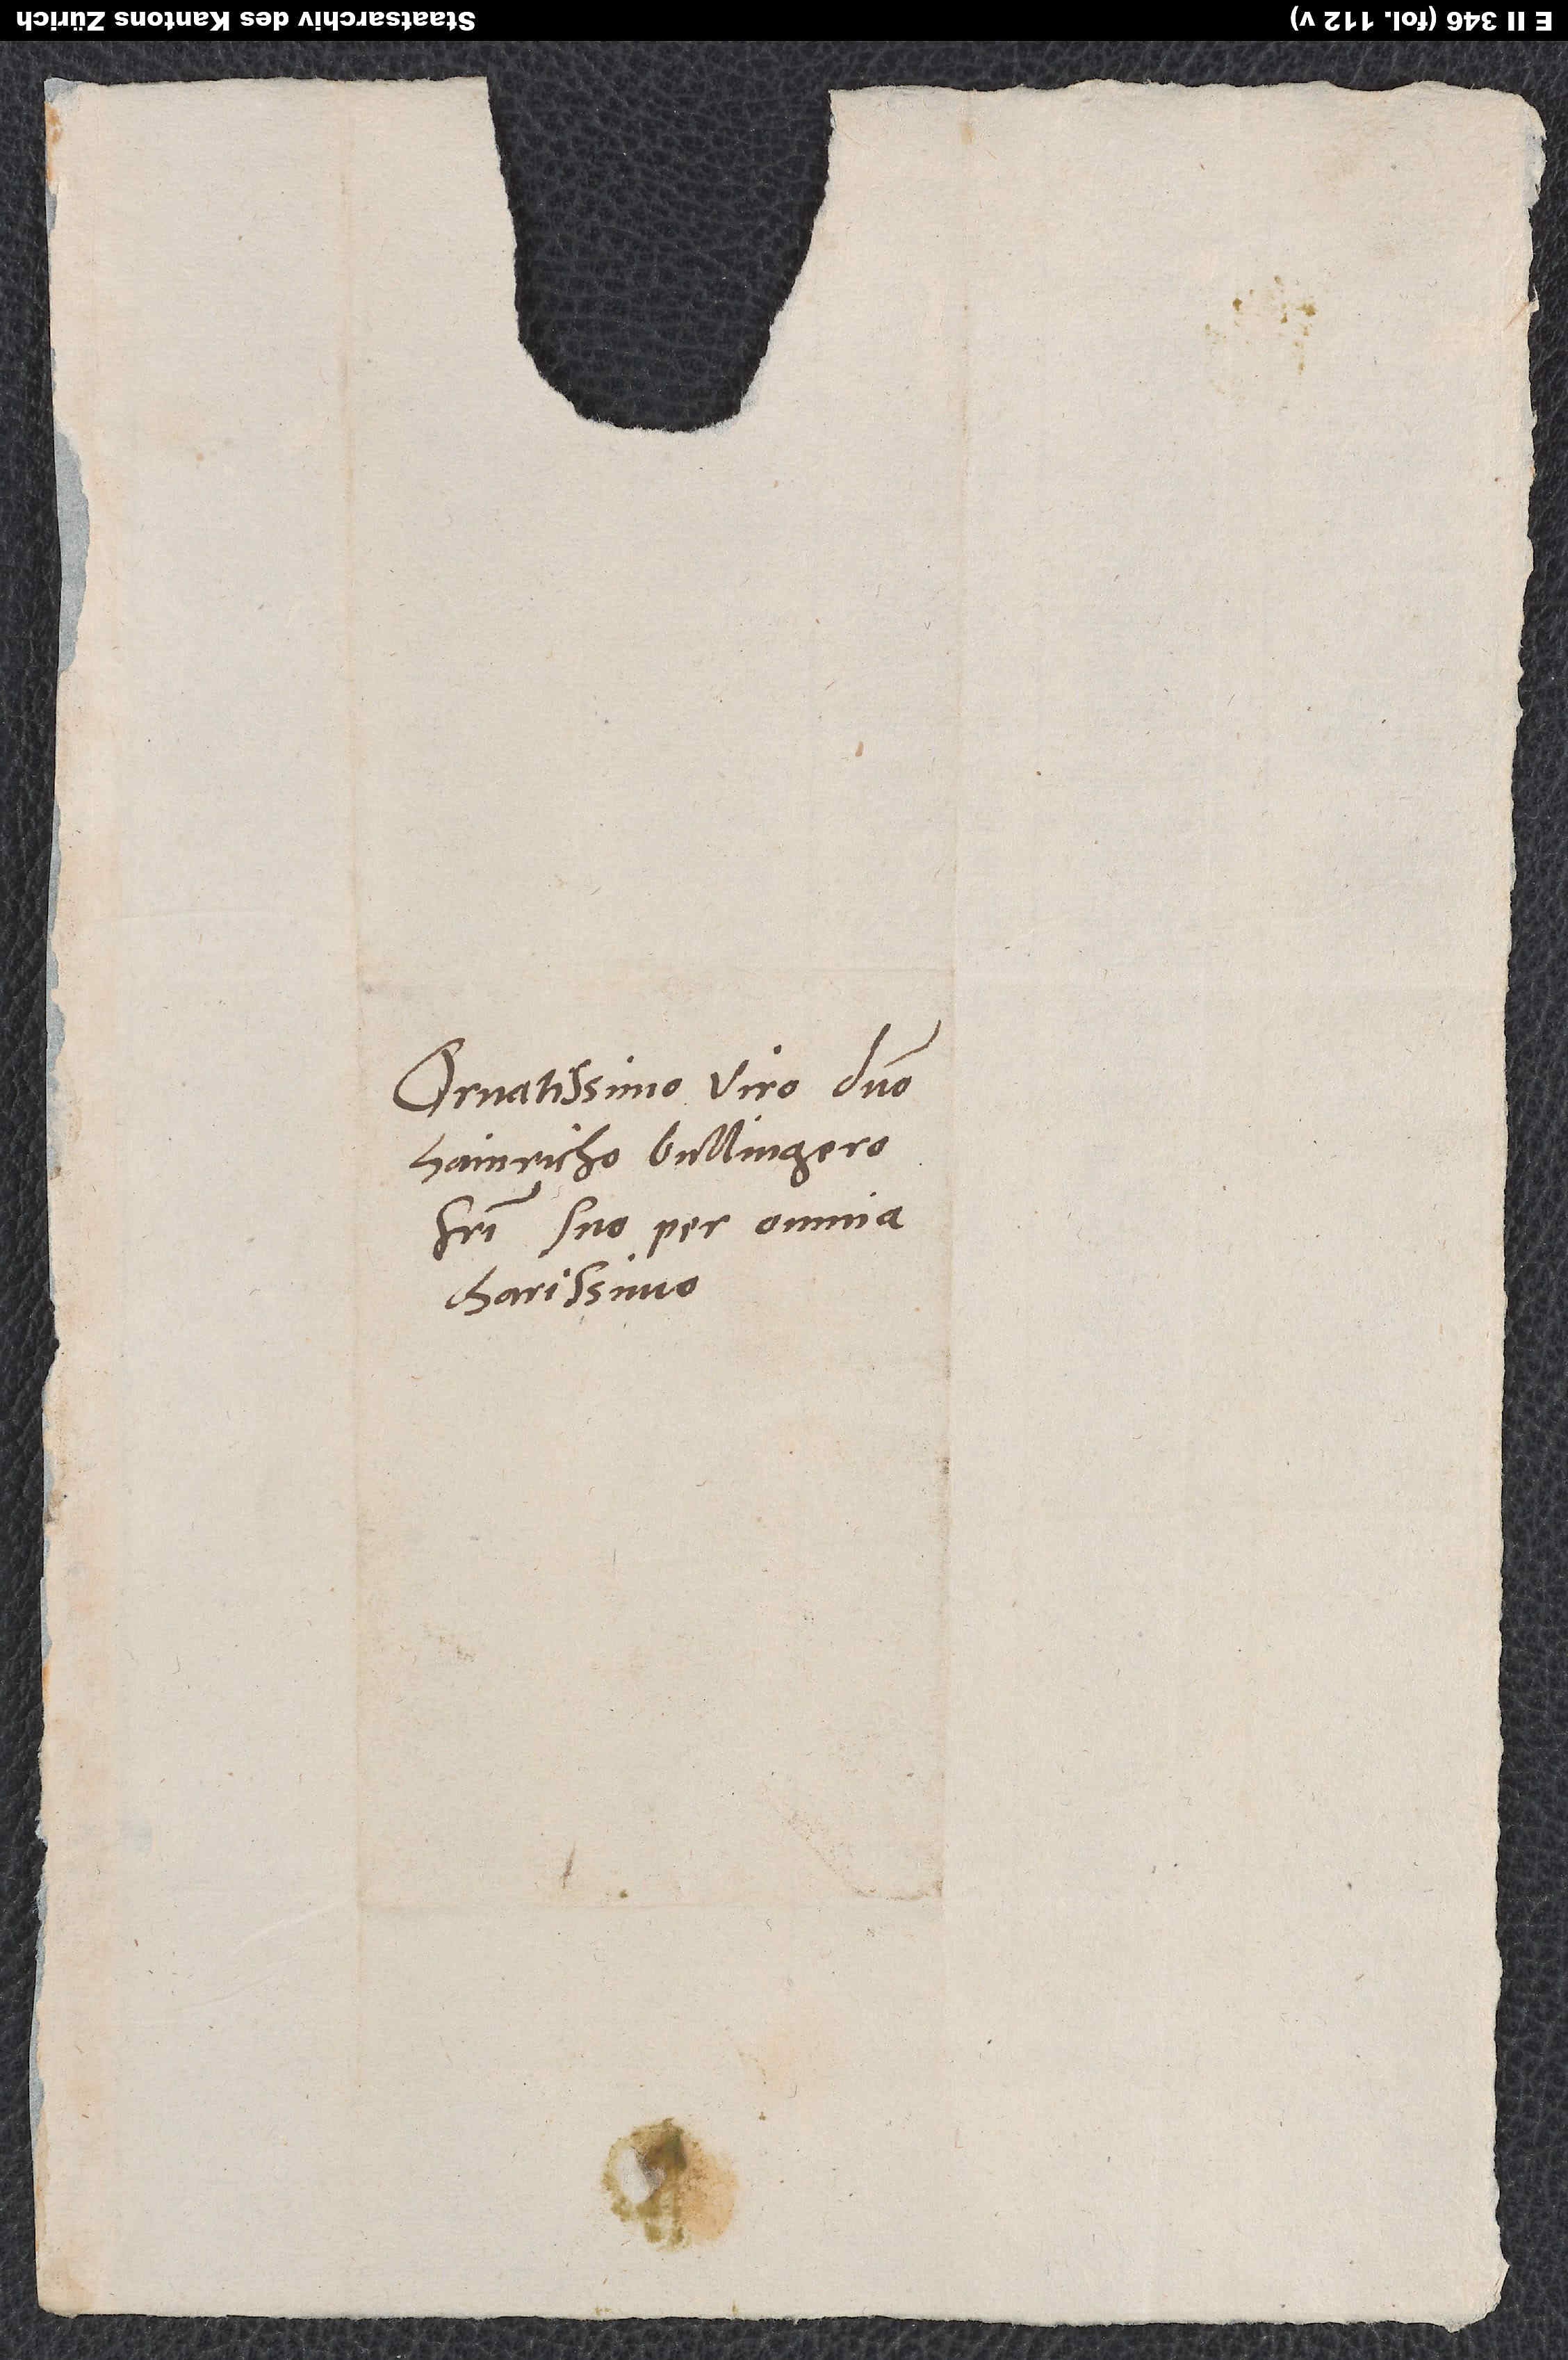
Ornatissimo viro domino
Hainricho Bullingero,
fratri suo per omnia
charissimo.